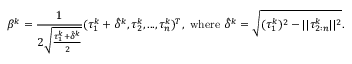
\beta ^ { k } = \frac { 1 } { 2 \sqrt { \frac { \tau _ { 1 } ^ { k } + \hat { \delta } ^ { k } } { 2 } } } ( \tau _ { 1 } ^ { k } + \hat { \delta } ^ { k } , \tau _ { 2 } ^ { k } , . . . , \tau _ { n } ^ { k } ) ^ { T } , \mathrm { ~ w h e r e ~ } \hat { \delta } ^ { k } = \sqrt { ( \tau _ { 1 } ^ { k } ) ^ { 2 } - | | \tau _ { 2 : n } ^ { k } | | ^ { 2 } } .